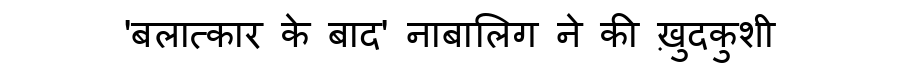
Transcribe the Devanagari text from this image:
'बलात्कार के बाद' नाबालिग ने की ख़ुदकुशी